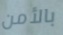
بالأمن